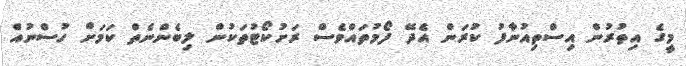
މީގެ އިތުރުން އިސްތިއުނާފު ކުރަން އެދޭ ފޯމުތައްވެސް ރަށުކޯޓުތަކުން ލިބެންނެތް ކަމަށް ހުސްނުއް